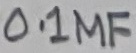
Text: 0.1µF